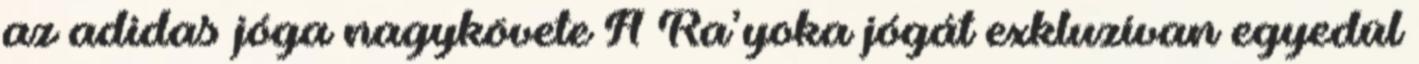
az adidas jóga nagykövete A Ra’yoka jógát exkluzívan egyedül